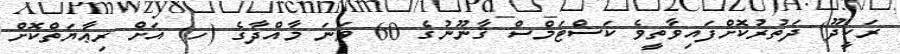
ރަކީދޫ) ދަތުރުކޮށްފައިވާތީވެ ކަސްޓަމްސް ޤާނޫނުގެ 60 ވަނަ މާއްދާގެ (ހ) އަށް ރިޢާޔަތްކޮށް